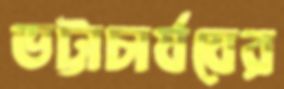
ভট্টাচার্যযের